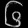
Digit: ၆